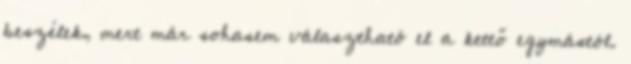
beszélek, mert már sohasem választható el a kettő egymástól.